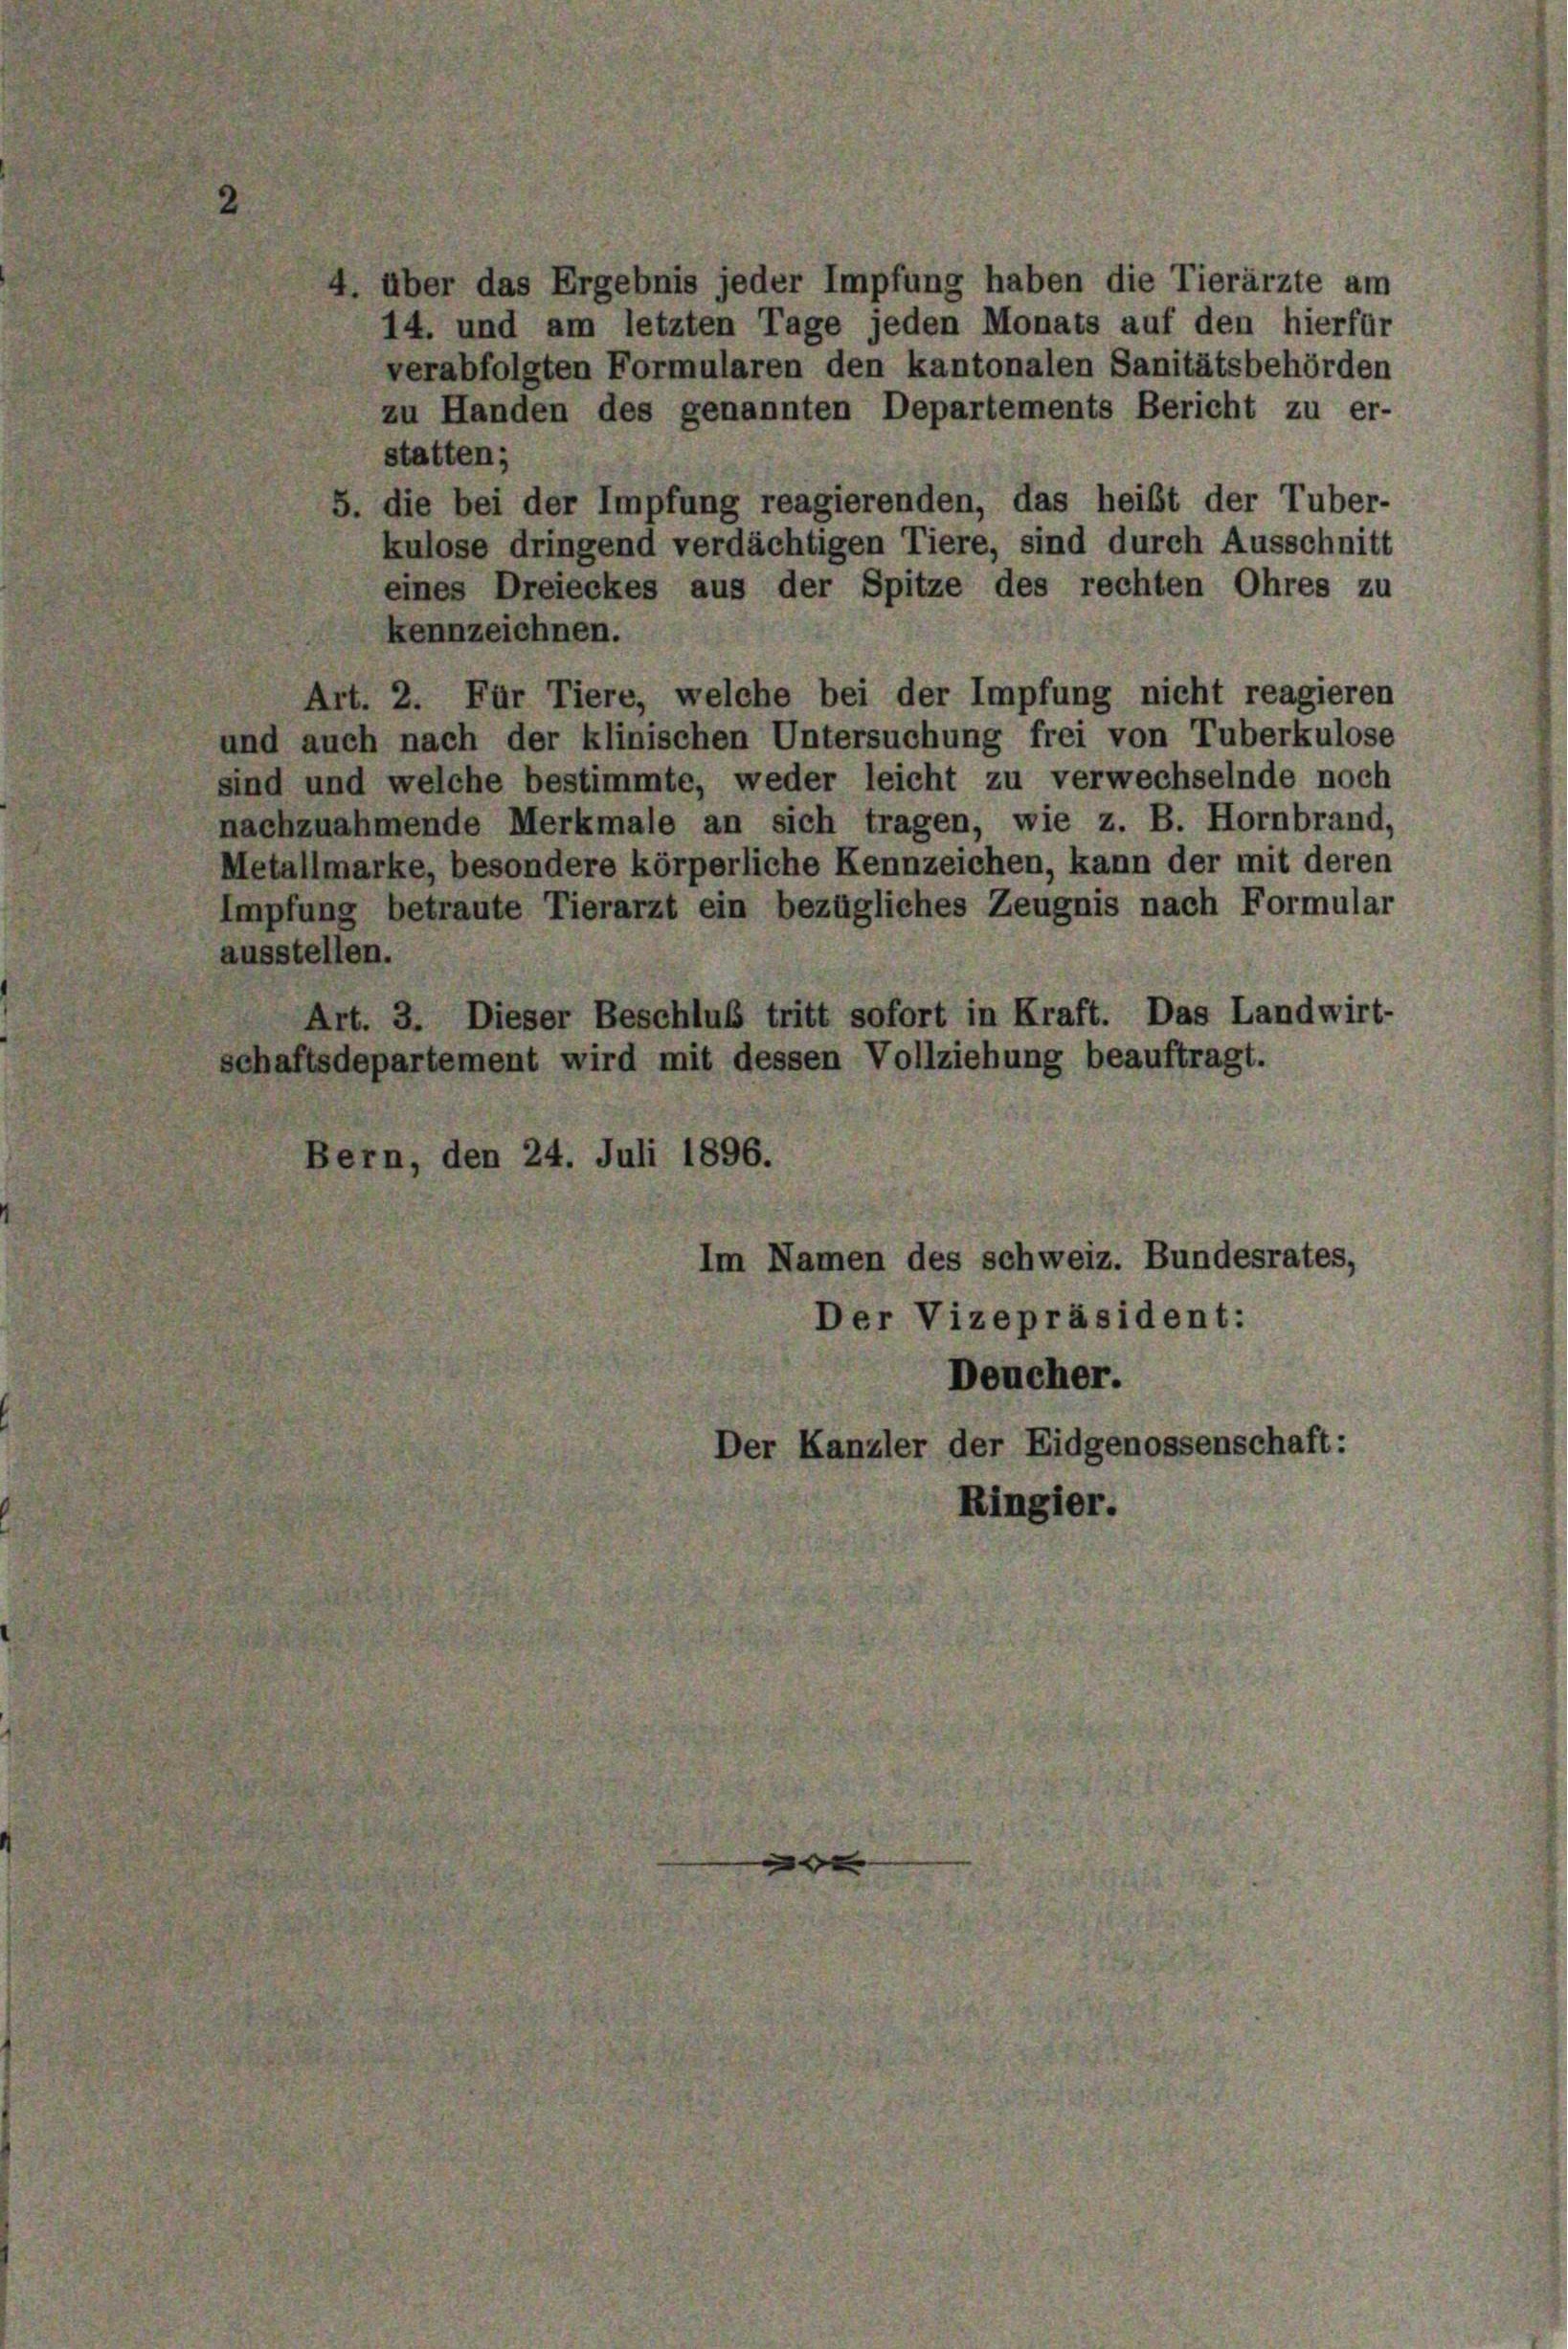
4. über das Ergebnis jeder Impfung haben die Tierärzte am
14. und am letzten Tage jeden Monats auf den hierfür
verabfolgten Formularen den kantonalen Sanitätsbehörden
zu Handen des genannten Departements Bericht zu er-
statten;
5. die bei der Impfung reagierenden, das heißt der Tuber-
kulose dringend verdächtigen Tiere, sind durch Ausschnitt
eines Dreieckes aus der Spitze des rechten Ohres zu
kennzeichnen.
Art. 2. Für Tiere, welche bei der Impfung nicht reagieren
und auch nach der klinischen Untersuchung frei von Tuberkulose
sind und welche bestimmte, weder leicht zu verwechselnde noch
nachzuahmende Merkmale an sich tragen, wie z. B. Hornbrand,
Metallmarke, besondere körperliche Kennzeichen, kann der mit deren
Impfung betraute Tierarzt ein bezügliches Zeugnis nach Formular
ausstellen.
Art. 3. Dieser Beschluß tritt sofort in Kraft. Das Landwirt-
schaftsdepartement wird mit dessen Vollziehung beauftragt.
Bern, den 24. Juli 1896.
Im Namen des schweiz. Bundesrates,
Der Vizepräsident:
Deucher.
Der Kanzler der Eidgenossenschaft:
Ringier.